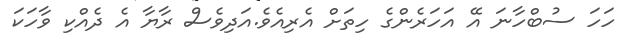
ހަހަ ސުބްހާނަ އޭ އަހަރެންގެ ހިތަށް އެރިއެވެ.އަދިވެސް ރާޔާ އެ ދެއްކި ވާހަކަ